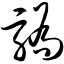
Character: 骄